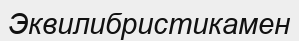
Эквилибристикамен